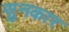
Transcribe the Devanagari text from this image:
सुनकार